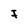
Character: I